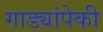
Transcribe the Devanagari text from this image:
गाड्यांपेकी